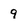
Character: 9